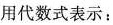
用代数式表示：